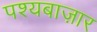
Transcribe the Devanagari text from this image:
पश्यबाज़ार